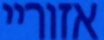
אזוריי